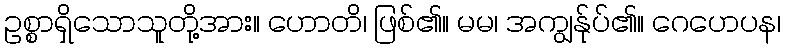
ဥစ္စာရှိသောသူတို့အား။ ဟောတိ၊ ဖြစ်၏။ မမ၊ အကျွန်ုပ်၏။ ဂေဟေပန၊